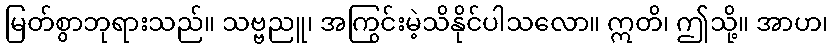
မြတ်စွာဘုရားသည်။ သဗ္ဗညူ၊ အကြွင်းမဲ့သိနိုင်ပါသလော။ ဣတိ၊ ဤသို့။ အာဟ၊